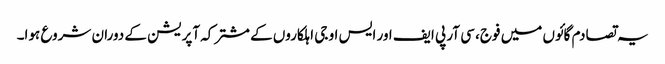
یہ تصادم گائوں میں فوج، سی آر پی ایف اور ایس او جی اہلکاروں کے مشترکہ آپریشن کے دوران شروع ہوا۔